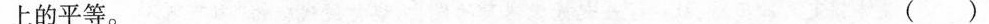
上的平等。 ( )